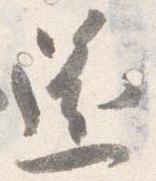
還